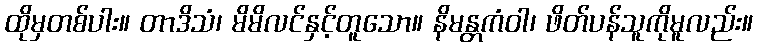
ထိုမှတစ်ပါး။ တာဒိသံ၊ မိမိလင်နှင့်တူသော။ နိမန္တကံဝါ၊ ဖိတ်ပန်သူကိုမူလည်း။